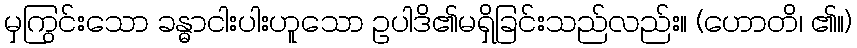
မှကြွင်းသော ခန္ဓာငါးပါးဟူသော ဥပါဒိ၏မရှိခြင်းသည်လည်း။ (ဟောတိ၊ ၏။)